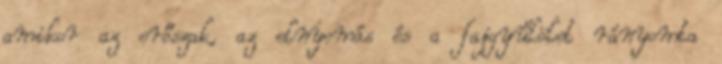
amikor az erőszak, az elnyomás és a fajgyűlölet rányomta